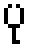
ပု